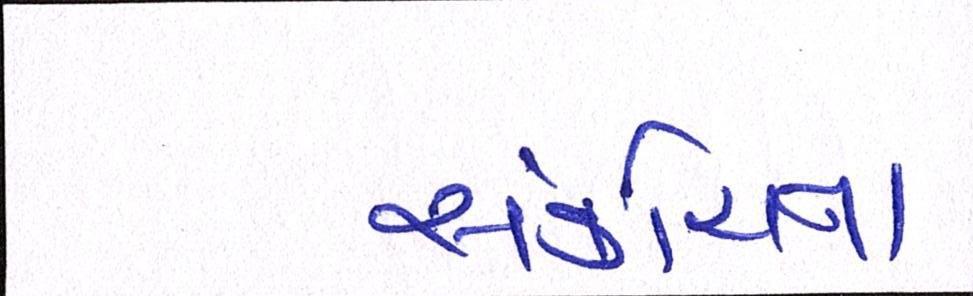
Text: સંકોચન